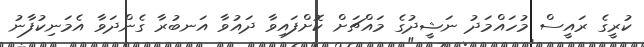
ކުރީގެ ރައީސް މުހައްމަދު ނަޝީދުގެ މައްޗަށް ކޮށްފައިވާ ދައުވާ އަނބުރާ ގެންދަވާ އެމަނިކުފާނު